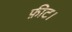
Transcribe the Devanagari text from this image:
फ़ीट।